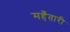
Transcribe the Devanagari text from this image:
महँतारी